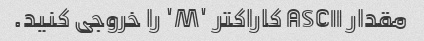
مقدار ASCII کاراکتر 'M' را خروجی کنید.